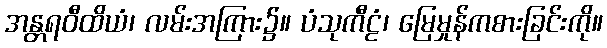
အန္တရဝီထိယံ၊ လမ်းအကြား၌။ ပံသုကီဠံ၊ မြေမှုန်ကစားခြင်းကို။